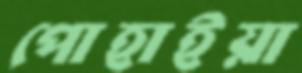
পোহাইয়া